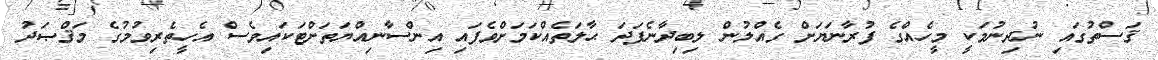
ޤަސްތުގައި ނުދިނުމަކީ މީހެއްގެ ފުރާނަޔަށް ގެއްލުން ލިބިދާނެފަދަ ޙާލަތެއްކަމަށްވެފައި އިންސާނިއްޔަތަށްޓަކައިވެސް އެހީތެރިވުމުގެ މަޤްޞަދު